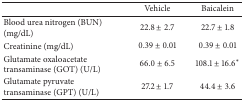
<table><thead><tr><td><b> </b></td><td><b>Vehicle</b></td><td><b>Baicalein</b></td></tr></thead><tbody><tr><td>Blood urea nitrogen (BUN) (mg/dL)</td><td>22.8 ± 2.7</td><td>22.7 ± 1.8</td></tr><tr><td>Creatinine (mg/dL)</td><td>0.39 ± 0.01</td><td>0.39 ± 0.01</td></tr><tr><td>Glutamate oxaloacetate transaminase (GOT) (U/L)</td><td>66.0 ± 6.5</td><td>108.1 ± 16.6*</td></tr><tr><td>Glutamate pyruvate transaminase (GPT) (U/L)</td><td>27.2 ± 1.7</td><td>44.4 ± 3.6</td></tr></tbody></table>